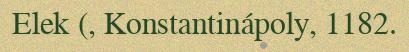
Elek (, Konstantinápoly, 1182.